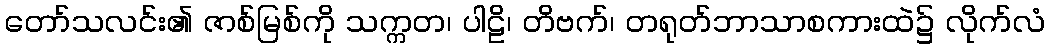
တော်သလင်း၏ ဇာစ်မြစ်ကို သက္ကတ၊ ပါဠိ၊ တိဗက်၊ တရုတ်ဘာသာစကားထဲ၌ လိုက်လံ